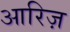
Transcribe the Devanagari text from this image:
आरिज़